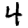
Digit: 4